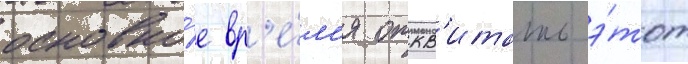
основно́е вр'е́м'я откв'итать э́тот